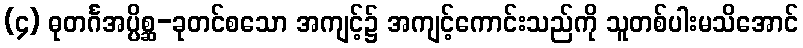
(၄) ဓုတင်္ဂအပ္ပိစ္ဆ-ခုတင်စသော အကျင့်၌ အကျင့်ကောင်းသည်ကို သူတစ်ပါးမသိအောင်